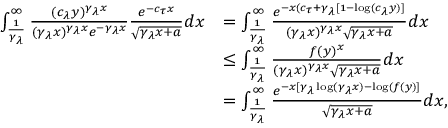
\begin{array} { r l } { \int _ { \frac { 1 } { \gamma _ { \lambda } } } ^ { \infty } \frac { ( c _ { \lambda } y ) ^ { \gamma _ { \lambda } x } } { ( \gamma _ { \lambda } x ) ^ { \gamma _ { \lambda } x } e ^ { - \gamma _ { \lambda } x } } \frac { e ^ { - c _ { \tau } x } } { \sqrt { \gamma _ { \lambda } x + a } } d x } & { = \int _ { \frac { 1 } { \gamma _ { \lambda } } } ^ { \infty } \frac { e ^ { - x ( c _ { \tau } + \gamma _ { \lambda } [ 1 - \log ( c _ { \lambda } y ) ] } } { ( \gamma _ { \lambda } x ) ^ { \gamma _ { \lambda } x } \sqrt { \gamma _ { \lambda } x + a } } d x } \\ & { \leq \int _ { \frac { 1 } { \gamma _ { \lambda } } } ^ { \infty } \frac { f ( y ) ^ { x } } { ( \gamma _ { \lambda } x ) ^ { \gamma _ { \lambda } x } \sqrt { \gamma _ { \lambda } x + a } } d x } \\ & { = \int _ { \frac { 1 } { \gamma _ { \lambda } } } ^ { \infty } \frac { e ^ { - x [ \gamma _ { \lambda } \log ( \gamma _ { \lambda } x ) - \log ( f ( y ) ] } } { \sqrt { \gamma _ { \lambda } x + a } } d x , } \end{array}